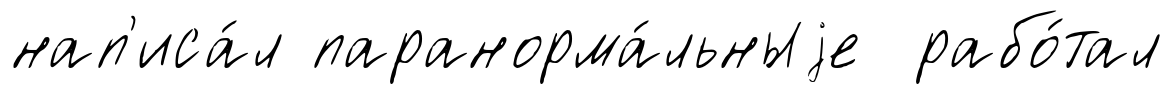
нап'иса́л паранорма́льныjе рабо́тал